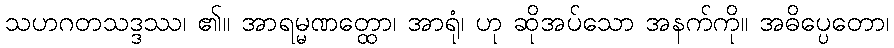
သဟဂတသဒ္ဒဿ၊ ၏။ အာရမ္မဏတ္ထော၊ အာရုံ၊ ဟု ဆိုအပ်သော အနက်ကို။ အဓိပ္ပေတော၊